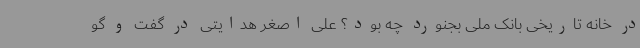
در خانه تاریخی بانک ملی بجنورد چه بود؟ علی اصغر هدایتی در گفت و گو